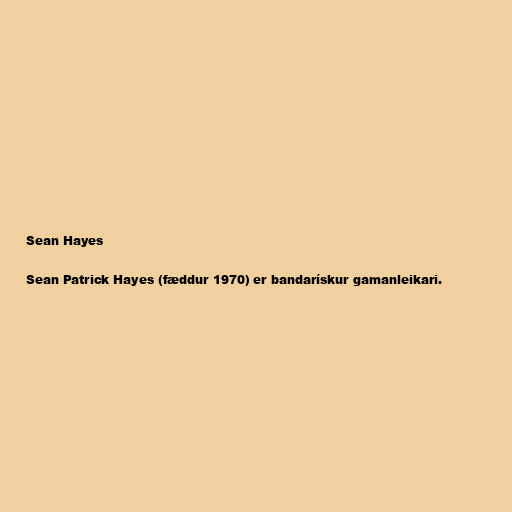
Sean Hayes

Sean Patrick Hayes (fæddur 1970) er bandarískur gamanleikari.